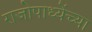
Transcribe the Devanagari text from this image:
राजोपाध्येंच्या